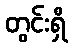
တွင်းရှိ